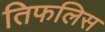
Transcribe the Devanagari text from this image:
तिफलिस